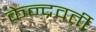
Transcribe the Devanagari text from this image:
केन्द्रवर्ती